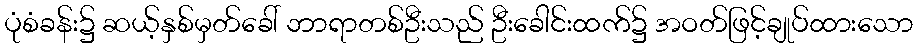
ပုံစံခန်း၌ ဆယ့်နှစ်မှတ်ခေါ် ဘာရာတစ်ဦးသည် ဦးခေါင်းထက်၌ အဝတ်ဖြင့်ချုပ်ထားသော